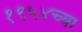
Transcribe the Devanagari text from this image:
१९५४च्या